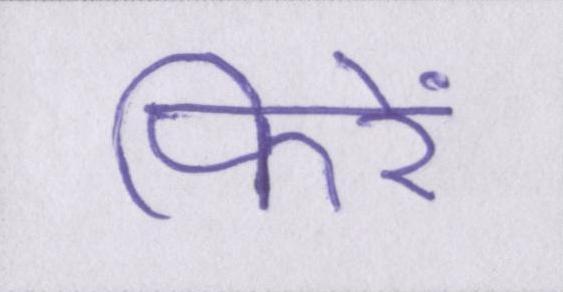
फिरें